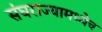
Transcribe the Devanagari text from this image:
संघराज्यामध्येच